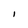
Character: I